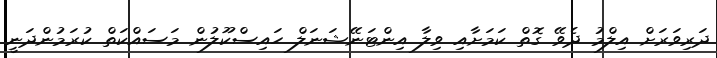
ދަރިވަރަށް އިލްމު ދެވޭ ގޮތް ކަމަށާއި ވިލާ އިންޓަނޭޝަނަލް ހައިސްކޫލުން މަސައްކަތް ކުރަމުންދަނީ